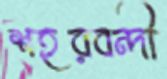
শহরবন্দী